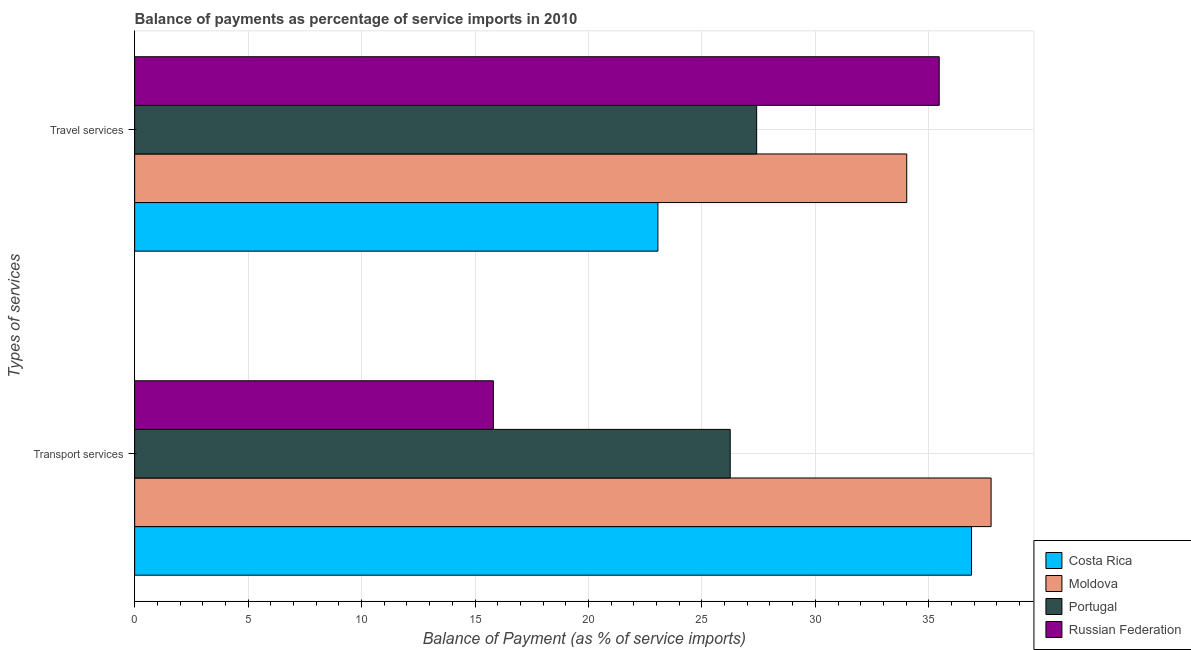
| Types of services | Costa Rica | Moldova | Portugal | Russian Federation |
 | --- | --- | --- | --- | --- |
 | Transport services | 36.9 | 37.7 | 26.2 | 15.8 |
 | Travel services | 23.1 | 34 | 27.4 | 35.5 |